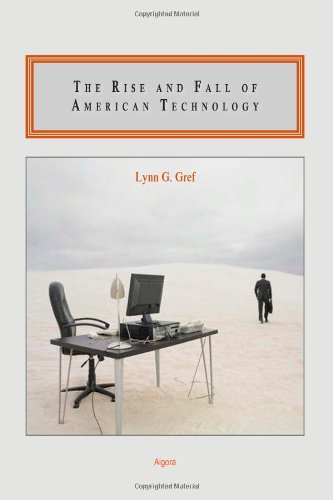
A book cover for The Rise and Fall of American Technology; Lynn G Gref; Business & Money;